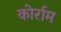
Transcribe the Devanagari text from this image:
कोर्राम